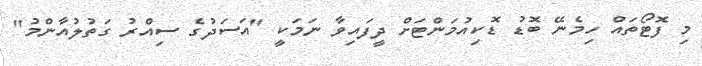
މި ފޮޓޯތައް ހިމެނޭ ބޮޑު ޑޮކިއުމަންޓަށް ދީފައިވާ ނަމަކީ "އަސަދުގެ ސިއްރު ގަތުލުއާންމު"